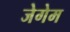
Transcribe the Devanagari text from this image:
जेगेम